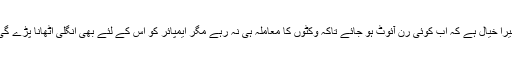
میرا خیال ہے کہ اب کوئی رن آئوٹ ہو جائے تاکہ وکٹوں کا معاملہ ہی نہ رہے مگر ایمپائر کو اس کے لئے بھی انگلی اٹھانا پڑے گی۔